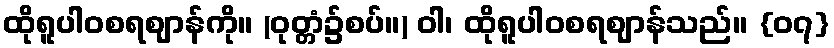
ထိုရူပါဝစရဈာန်ကို။ (ဝုတ္တံ၌စပ်။) ဝါ၊ ထိုရူပါဝစရဈာန်သည်။ {၀၇}